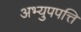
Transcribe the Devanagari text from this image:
अभ्युपपत्ति